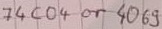
Text: 74co4 or  4069